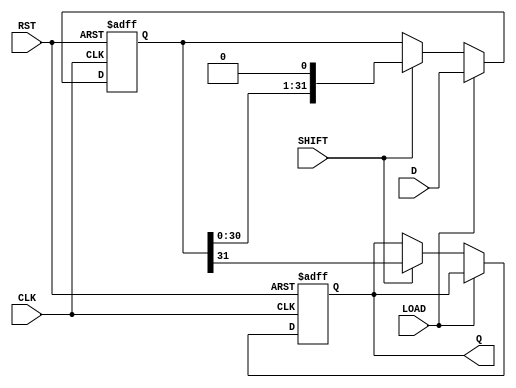
module PISO_Register (
    input wire [31:0] D,      // 32-bit data input
    input wire LOAD,          // Load control signal
    input wire SHIFT,         // Shift control signal
    input wire CLK,           // Clock signal
    input wire RST,           // Reset signal
    output reg Q              // Serial output
);

    reg [31:0] shift_reg;     // 32-bit shift register

    always @(posedge CLK or posedge RST) begin
        if (RST) begin
            // Asynchronous reset
            shift_reg <= 32'b0; // Clear the shift register
            Q <= 1'b0;          // Clear the serial output
        end else begin
            if (LOAD) begin
                // Load data into the shift register
                shift_reg <= D;
            end else if (SHIFT) begin
                // Shift data out serially
                Q <= shift_reg[31]; // Output the MSB
                shift_reg <= {shift_reg[30:0], 1'b0}; // Shift right and fill LSB with 0
            end
        end
    end

endmodule